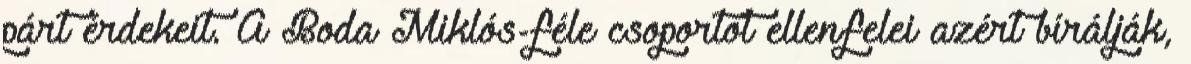
párt érdekeit. A Boda Miklós-féle csoportot ellenfelei azért bírálják,